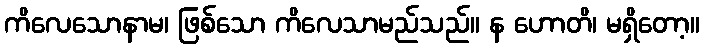
ကိလေသောနာမ၊ ဖြစ်သော ကိလေသာမည်သည်။ န ဟောတိ၊ မရှိတော့။